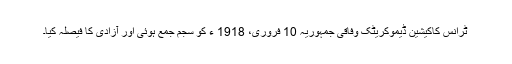
ٹرانس کاکیشین ڈیموکریٹک وفاقی جمہوریہ 10 فروری، 1918 ء کو سجم جمع ہوئی اور آزادی کا فیصلہ کیا۔